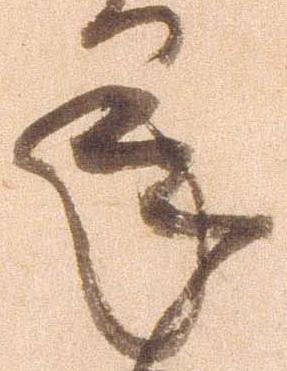
承